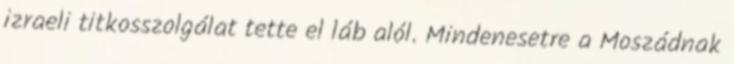
izraeli titkosszolgálat tette el láb alól. Mindenesetre a Moszádnak